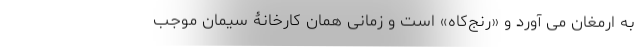
به ارمغان می آورد و «رنج‌کاه» است و زمانی همان کارخانۀ سیمان موجب